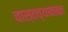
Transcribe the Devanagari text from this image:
वास्तव्याबाबत